Medical and sanitary report of the native army of Bengal for the year
Year: 1875
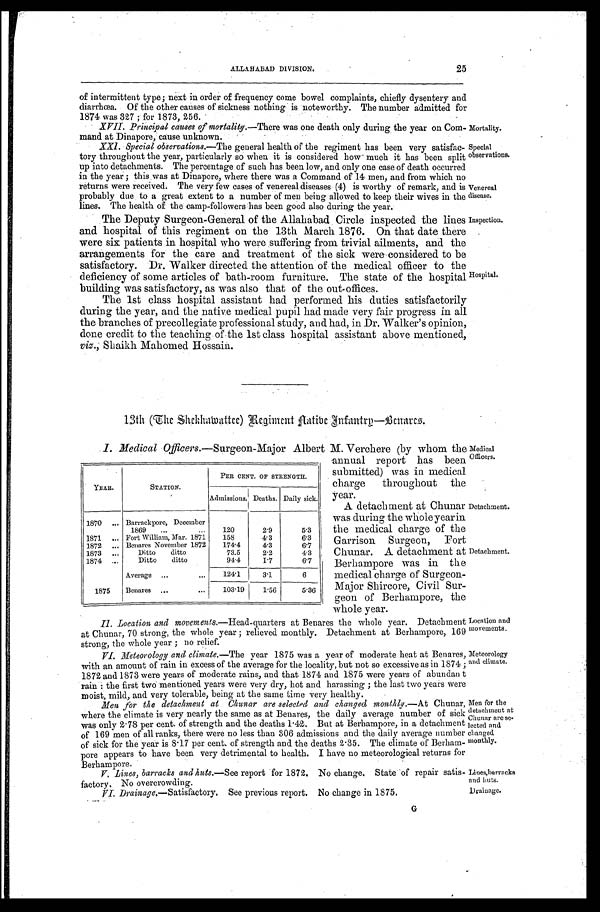
Venereal
disease.
Inspection.
Location and
movements.
Meteorology
and climate.
Lines,barracks
and huts.
Drainage.
25
ALLAHABAD DIVISION.
of intermittent type; next in order of frequency come bowel complaints, chiefly dysentery and
diarrhœa. Of the other causes of sickness nothing is noteworthy. The number admitted for
1874 was 327 ; for 1873, 256.
XVII. Principal causes of mortality .—There was one death only during the year on Com
-mand at Dinapore, cause unknown.
Mortality.
XXI. Special observations .—The general health of the regiment has been very satisfac
- t o r y t h r o u g h o u t t h e y e a r , p a r t i c u l a r l y s o w h e n i t i s c o n s i d e r e d h o w m u c h i t h a s b e e n s p l i t
up into detachments. The percentage of such has been low, and only one case of death occurred
in the year ; this was at Dinapore, where there was a Command of 14 men, and from which
returns were received. The very few cases of venereal diseases (4) is worthy of remark, and is
probably due to a great extent to a number of men being allowed to keep their wives in the
lines. The health of the camp-followers has been good also during the year.
The Deputy Surgeon-General of the Allahabad Circle inspected the lines
and hospital of this regiment on the 13th March 1876. On that date there
were six patients in hospital who were suffering from trivial ailments, and the
arrangements for the care and treatment of the sick were considered to be
satisfactory. Dr. Walker directed the attention of the medical officer to the
deficiency of some articles of bath-room furniture. The state of the hospital
building was satisfactory, as was also that of the out offices.
Special
observations.
Hospital.
The 1st class hospital assistant had performed his duties satisfactorily
during the year, and the native medical pupil had made very fair progress in all
the branches of precollegiate professional study, and had, in Dr. Walker's opinion,
done credit to the teaching of the 1st class hospital assistant above mentioned,
viz., Shaikh Mahomed Hossain.
13th (The Shekhawattee) Regiment Flatibe Infantry—Bcnares.
I. Medical Officers .—Surgeon-Major Albert M.Verchere (by whom the
annual report has been
submitted) was in medical
charge throughout the
year.
Medical
Officers.
YEAR.
STATION.
PER CENT. OF STRENGTH.
Admissions. Deaths. Daily sick.
1870 . . . Barrackpore, December
1869 . . .
120
2.9
5.3
1871 . . . Fort William, Mar. 1871
158
4.3
6.3
1872 . . . Benares November 1872
174.4
4.3
6.7
1873 . . .
Ditto ditto
73.5
2.2
4.3
1874 . . .
Ditto ditto
94.4
I.7
6.7
Average . . .
124.1
3.1
6
1875
Benares . . .
103.19
1.56
5.36
A detachment at Chunar
was during the whole year in
the medical charge of the
Garrison Surgeon, Fort
Chunar. A detachment at
Berhampore was in the
medical charge of Surgeon-
Major Shircore, Civil Sur-
geon of Berhampore, the
whole year.
Detachment.
Detachment.
II. Location and movements .—Head-quarters at Benares the whole year. Detachment
at Chunar, 70 strong, the whole year ; relieved monthly. Detachment at Berhampore, 169
strong, the whole year ; no relief.
VI. Meteorology and climate.—The year 1875 was a year of moderate heat at Benares
with an amount of rain in excess of the average for the locality, but not so excessive as in 1874 ;
1872 and 1873 were years of moderate rains, and that 1874 and 1875 were years of abundan t
rain : the first two mentioned years were very dry, hot and harassing ; the last two years were
m o i s t , m i l d , a n d v e r y t o l e r a b l e , b e i n g a t t h e s a m e t i m e v e r y h e a l t h y .
Men for the detachment at Chunar are selected and changed monthly .—At Chunar,
where the climate is very nearly the same as at Benares, the daily average number of sick
was only 2.78 per cent. of strength and the deaths 1.42. But at Berhampore, in a detachment
of 169 men of all ranks, there were no less than 306 admissions and the daily average number
of sick for the year is 8.17 per cent. of strength and the deaths 2.35. The climate of Berham-
pore appears to have been very detrimental to health. I have no meteorological returns for
Berhampore.
V. Lines, barracks and huts .—See report for 1872. No change. State of repair satis
-factory. No overcrowding.
Men for the
detachment at
Chunar are se-
lected and
changed.
monthly.
VI. Drainage.—Satisfactory. See previous report. No change in 1875.